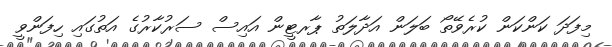
މިފަދަ ކަންކަން ކުރެވޭތޯ ބަލަން އަދާލަތު ޕާރޓީން އައިސް ސަރުކާރުގެ އަތުގައި ހިފަންވީ